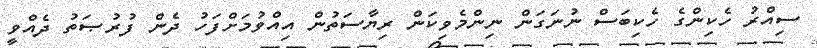
ސިއްރު ހެކިންގެ ހެކިބަސް ނުނަގަން ނިންމެވިކަން ރިޔާސަތުން އިއްވުމަށްފަހު ދެން ފުރުޞަތު ދެއްވީ